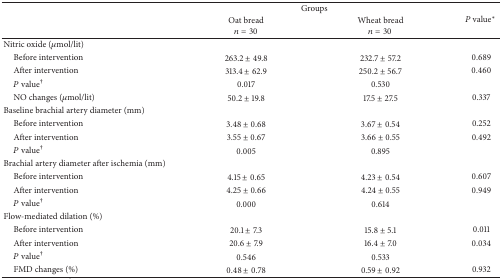
<table><thead><tr><td><b> </b></td><td colspan="2"><b>Groups</b></td><td rowspan="2"><b><i>P</i> value∗</b></td></tr><tr><td><b> </b></td><td><b>Oat bread<i>n</i> = 30</b></td><td><b>Wheat bread<i>n</i> = 30</b></td></tr></thead><tbody><tr><td>Nitric oxide (<i>μ</i>mol/lit)</td><td> </td><td> </td><td> </td></tr><tr><td> Before intervention</td><td>263.2 ± 49.8</td><td>232.7 ± 57.2</td><td>0.689</td></tr><tr><td> After intervention</td><td>313.4 ± 62.9</td><td>250.2 ± 56.7</td><td>0.460</td></tr><tr><td> <i>P</i> value<sup>†</sup></td><td>0.017</td><td>0.530</td><td> </td></tr><tr><td> NO changes (<i>μ</i>mol/lit)</td><td>50.2 ± 19.8</td><td>17.5 ± 27.5</td><td>0.337</td></tr><tr><td>Baseline brachial artery diameter (mm)</td><td> </td><td> </td><td> </td></tr><tr><td> Before intervention</td><td>3.48 ± 0.68</td><td>3.67 ± 0.54</td><td>0.252</td></tr><tr><td> After intervention</td><td>3.55 ± 0.67</td><td>3.66 ± 0.55</td><td>0.492</td></tr><tr><td> <i>P</i> value<sup>†</sup></td><td>0.005</td><td>0.895</td><td> </td></tr><tr><td>Brachial artery diameter after ischemia (mm)</td><td> </td><td> </td><td> </td></tr><tr><td> Before intervention</td><td>4.15 ± 0.65</td><td>4.23 ± 0.54</td><td>0.607</td></tr><tr><td> After intervention</td><td>4.25 ± 0.66</td><td>4.24 ± 0.55</td><td>0.949</td></tr><tr><td> <i>P</i> value<sup>†</sup></td><td>0.000</td><td>0.614</td><td> </td></tr><tr><td>Flow-mediated dilation (%)</td><td> </td><td> </td><td> </td></tr><tr><td> Before intervention</td><td>20.1 ± 7.3</td><td>15.8 ± 5.1</td><td>0.011</td></tr><tr><td> After intervention</td><td>20.6 ± 7.9</td><td>16.4 ± 7.0</td><td>0.034</td></tr><tr><td> <i>P</i> value<sup>†</sup></td><td>0.546</td><td>0.533</td><td> </td></tr><tr><td> FMD changes (%)</td><td>0.48 ± 0.78</td><td>0.59 ± 0.92</td><td>0.932</td></tr></tbody></table>